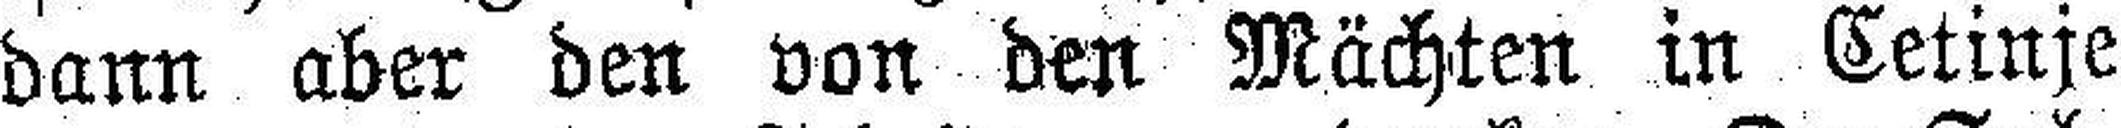
dann aber den von den Mächten in Cetinje